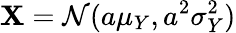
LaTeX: \mathbf{X}=\mathcal{{N}}(a\mu_{Y},a^{2}\sigma_{Y}^{2})